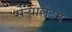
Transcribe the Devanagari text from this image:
सेर्‍यालेटम